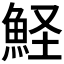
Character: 𩶜